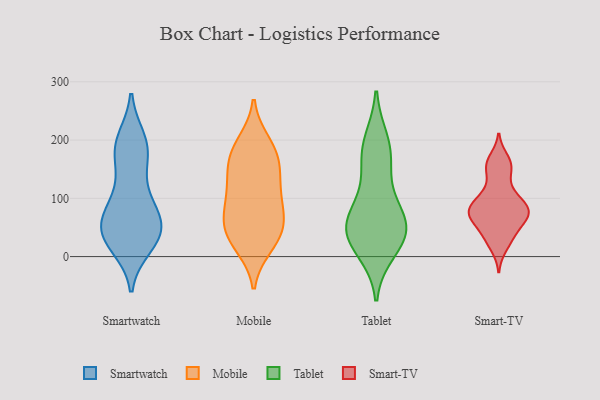
{"axis": {"x": "Market Share (%)", "y": "Value"}, "legend": ["Mobile", "Smart-TV", "Smartwatch", "Tablet"], "data": [{"x": "", "y": 27, "type": "Smartwatch"}, {"x": "", "y": 86, "type": "Smartwatch"}, {"x": "", "y": 40, "type": "Smartwatch"}, {"x": "", "y": 168, "type": "Smartwatch"}, {"x": "", "y": 65, "type": "Smartwatch"}, {"x": "", "y": 74, "type": "Smartwatch"}, {"x": "", "y": 40, "type": "Smartwatch"}, {"x": "", "y": 123, "type": "Smartwatch"}, {"x": "", "y": 200, "type": "Smartwatch"}, {"x": "", "y": 36, "type": "Smartwatch"}, {"x": "", "y": 46, "type": "Smartwatch"}, {"x": "", "y": 91, "type": "Smartwatch"}, {"x": "", "y": 180, "type": "Smartwatch"}, {"x": "", "y": 193, "type": "Smartwatch"}, {"x": "", "y": 189, "type": "Smartwatch"}, {"x": "", "y": 43, "type": "Smartwatch"}, {"x": "", "y": 19, "type": "Smartwatch"}, {"x": "", "y": 102, "type": "Mobile"}, {"x": "", "y": 108, "type": "Mobile"}, {"x": "", "y": 195, "type": "Mobile"}, {"x": "", "y": 165, "type": "Mobile"}, {"x": "", "y": 45, "type": "Mobile"}, {"x": "", "y": 29, "type": "Mobile"}, {"x": "", "y": 69, "type": "Mobile"}, {"x": "", "y": 169, "type": "Mobile"}, {"x": "", "y": 65, "type": "Mobile"}, {"x": "", "y": 107, "type": "Mobile"}, {"x": "", "y": 53, "type": "Mobile"}, {"x": "", "y": 169, "type": "Mobile"}, {"x": "", "y": 197, "type": "Mobile"}, {"x": "", "y": 20, "type": "Mobile"}, {"x": "", "y": 144, "type": "Mobile"}, {"x": "", "y": 17, "type": "Mobile"}, {"x": "", "y": 134, "type": "Mobile"}, {"x": "", "y": 65, "type": "Mobile"}, {"x": "", "y": 11, "type": "Tablet"}, {"x": "", "y": 64, "type": "Tablet"}, {"x": "", "y": 197, "type": "Tablet"}, {"x": "", "y": 60, "type": "Tablet"}, {"x": "", "y": 40, "type": "Tablet"}, {"x": "", "y": 179, "type": "Tablet"}, {"x": "", "y": 111, "type": "Tablet"}, {"x": "", "y": 60, "type": "Tablet"}, {"x": "", "y": 35, "type": "Tablet"}, {"x": "", "y": 35, "type": "Tablet"}, {"x": "", "y": 169, "type": "Tablet"}, {"x": "", "y": 34, "type": "Smart-TV"}, {"x": "", "y": 16, "type": "Smart-TV"}, {"x": "", "y": 149, "type": "Smart-TV"}, {"x": "", "y": 85, "type": "Smart-TV"}, {"x": "", "y": 168, "type": "Smart-TV"}, {"x": "", "y": 150, "type": "Smart-TV"}, {"x": "", "y": 78, "type": "Smart-TV"}, {"x": "", "y": 109, "type": "Smart-TV"}, {"x": "", "y": 111, "type": "Smart-TV"}, {"x": "", "y": 66, "type": "Smart-TV"}, {"x": "", "y": 60, "type": "Smart-TV"}, {"x": "", "y": 31, "type": "Smart-TV"}, {"x": "", "y": 81, "type": "Smart-TV"}, {"x": "", "y": 78, "type": "Smart-TV"}, {"x": "", "y": 72, "type": "Smart-TV"}, {"x": "", "y": 96, "type": "Smart-TV"}, {"x": "", "y": 160, "type": "Smart-TV"}, {"x": "", "y": 50, "type": "Smart-TV"}, {"x": "", "y": 77, "type": "Smart-TV"}]}